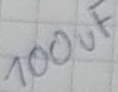
Text: 100uF